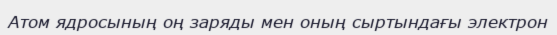
Aтом ядросының оң заряды мен оның сыртындағы электрон